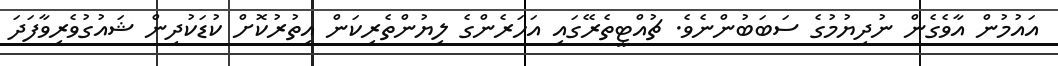
އައުމުން އާވެގެން ނުދިޔުމުގެ ސަބަބުންނެވެ. ޗުއްޓީތެރޭގައި އަހަރެންގެ ލިޔުންތެރިކަން އިތުރުކޮށް ކުޑަކުދިން ޝައުގުވެރިވާފަދަ